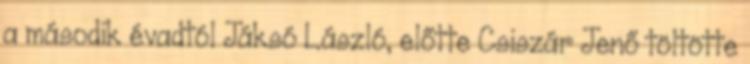
a második évadtól Jáksó László, előtte Csiszár Jenő töltötte